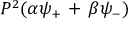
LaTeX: P ^ { 2 } ( \alpha \psi _ { + } \, + \, \beta \psi _ { - } )